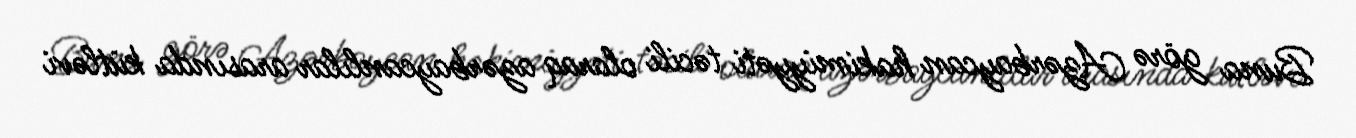
Buna görə Azərbaycan hakimiyyəti təcili olaraq azərbaycanlılar arasında kütləvi